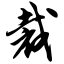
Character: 裁